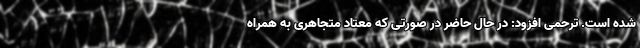
شده است. ترحمی افزود: در حال حاضر در صورتی که معتاد متجاهری به همراه